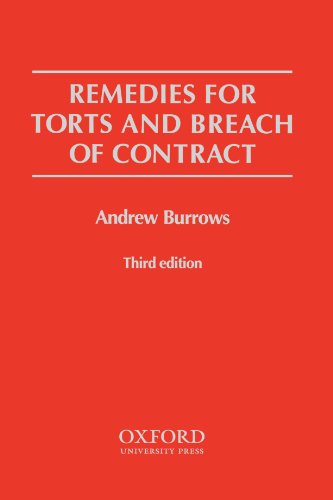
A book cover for Remedies for Torts and Breach of Contract; Andrew Burrows; Law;